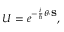
U = e ^ { - { \frac { i } { \hbar } } { \boldsymbol { \theta } } \cdot \mathbf { S } } ,